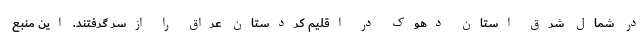
در شمال شرق استان دهوک در اقلیم کردستان عراق را ازسر گرفتند. این منبع